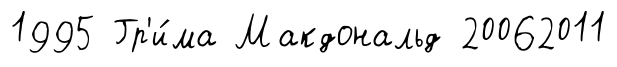
1995 Гр'и́ма Макдональд 20062011